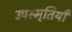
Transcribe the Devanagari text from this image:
उपस्मृतियाँ